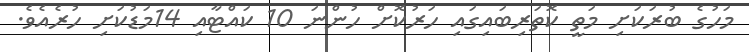
މަހުގެ ބުރަކަށި މަތީ ކޮތަރިބައިގައި ހަރުކޮށް ހުންނަ 10 ކައްޓާއި 14މަޑުކަށި ހުރެއެވެ.